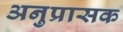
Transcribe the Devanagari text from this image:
अनुप्रासक